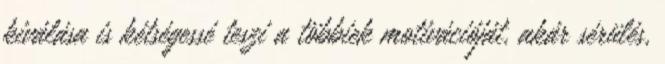
kiválása is kétségessé teszi a többiek motivációját, akár sérülés,